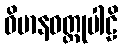
ဝိမာနဝတ္ထုပါဠိ